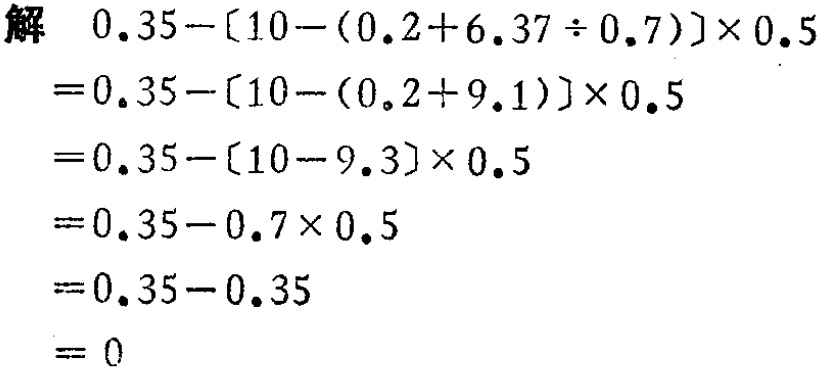
\begin{align*}

&解\quad 0.35 - [10 - (0.2 + 6.37\div0.7)]\times0.5\\

&= 0.35 - [10 - (0.2 + 9.1)]\times0.5\\

&= 0.35 - [10 - 9.3]\times0.5\\

&= 0.35 - 0.7\times0.5\\

&= 0.35 - 0.35\\

&= 0

\end{align*}